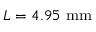
L = 4 . 9 5 ~ \mathrm { m m }